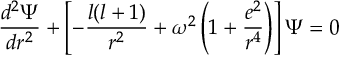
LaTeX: \frac { d ^ { 2 } \Psi } { d r ^ { 2 } } + \left[ - \frac { l ( l + 1 ) } { r ^ { 2 } } + \omega ^ { 2 } \left( 1 + \frac { e ^ { 2 } } { r ^ { 4 } } \right) \right] \Psi = 0